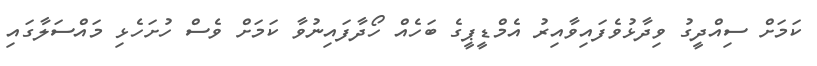
ކަމަށް ސިއްދީގު ވިދާޅުވެފައިވާއިރު އެމްޑީޕީގެ ބަހެއް ހޯދާފައިނުވާ ކަމަށް ވެސް ހުށަހެޅި މައްސަލާގައި